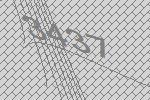
3437